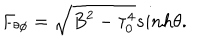
F _ { \theta \phi } = \sqrt { B ^ { 2 } - \tau _ { 0 } ^ { 4 } } s i n h \theta .